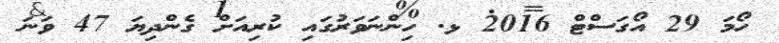
ހޯމަ 29 އޯގަސްޓް 2016 ޅ. ހިންނަވަރުގައި ކުރިއަށް ގެންދިޔަ 47 ވަނަ